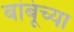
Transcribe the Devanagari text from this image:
बांबूंच्या